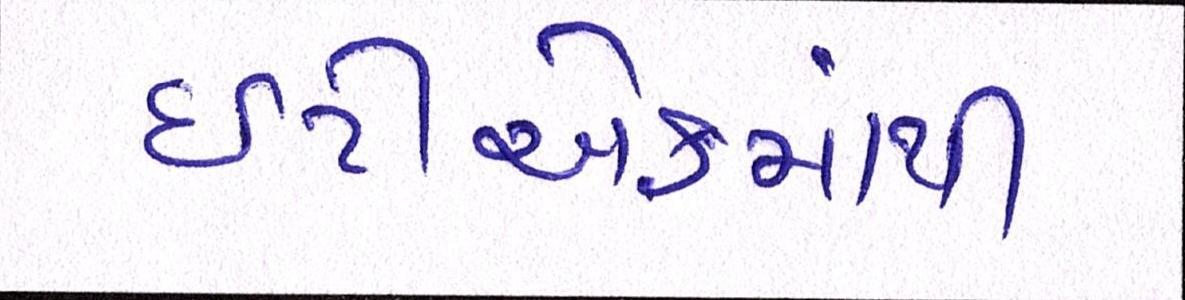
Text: ઇટીએફમાંથી